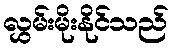
လွှမ်းမိုးနိုင်သည်